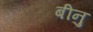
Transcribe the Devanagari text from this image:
बीनु